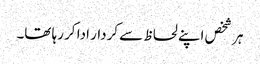
ہر شخص اپنے لحاظ سے کردار ادا کر رہا تھا۔